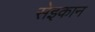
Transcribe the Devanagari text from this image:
सेइकान